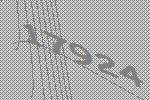
17924